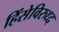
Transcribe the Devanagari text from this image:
हिंसेविरुध्द